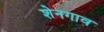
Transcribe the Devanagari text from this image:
शेनगाव